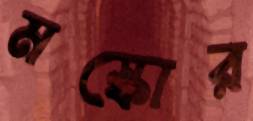
মস্কোর